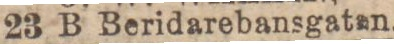
23 B Beridarebansgaten.